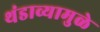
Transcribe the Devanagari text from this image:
थंडाव्यामुळे